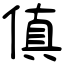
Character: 傎